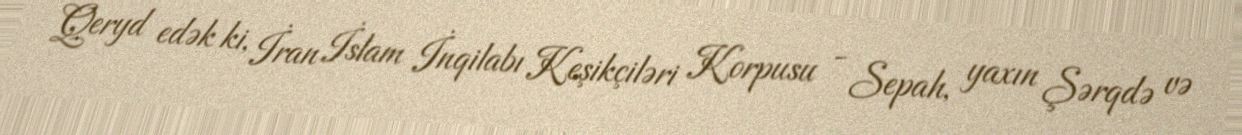
Qeryd edək ki, İran İslam İnqilabı Keşikçiləri Korpusu - Sepah, yaxın Şərqdə və